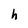
Character: h